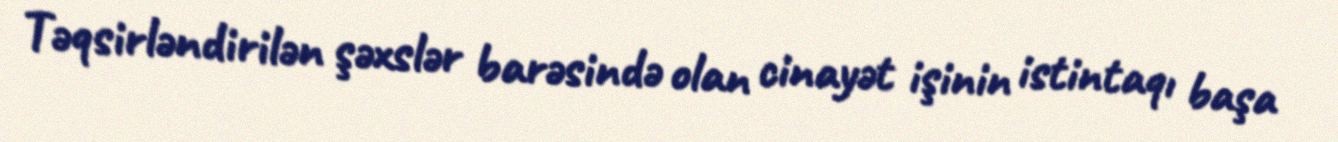
Təqsirləndirilən şəxslər barəsində olan cinayət işinin istintaqı başa